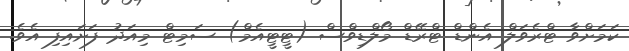
ކަމަށްވާ ޓްރެވަލް އެންޑް ޓްރޭޑް މޯލްޑިވްސް (ޓީޓީއެމް) ސަމިޓް މިއަދު ފަށައިފި އެވެ.